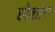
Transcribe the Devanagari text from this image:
होशांग